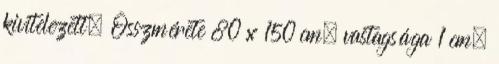
kivitelezett. Összmérete 80 x 150 cm, vastagsága 1 cm,